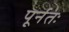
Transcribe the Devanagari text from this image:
पूर्नतः